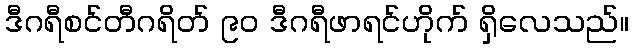
ဒီဂရီစင်တီဂရိတ် ၉၀ ဒီဂရီဖာရင်ဟိုက် ရှိလေသည်။